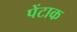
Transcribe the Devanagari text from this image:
पेंटाक